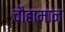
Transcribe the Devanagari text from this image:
चौहामान